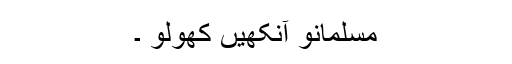
مسلمانو آنکھیں کھولو ۔